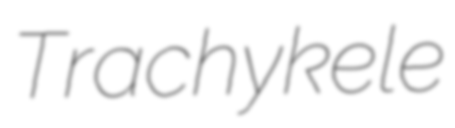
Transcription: Trachykele